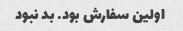
اولین سفارش بود. بد نبود